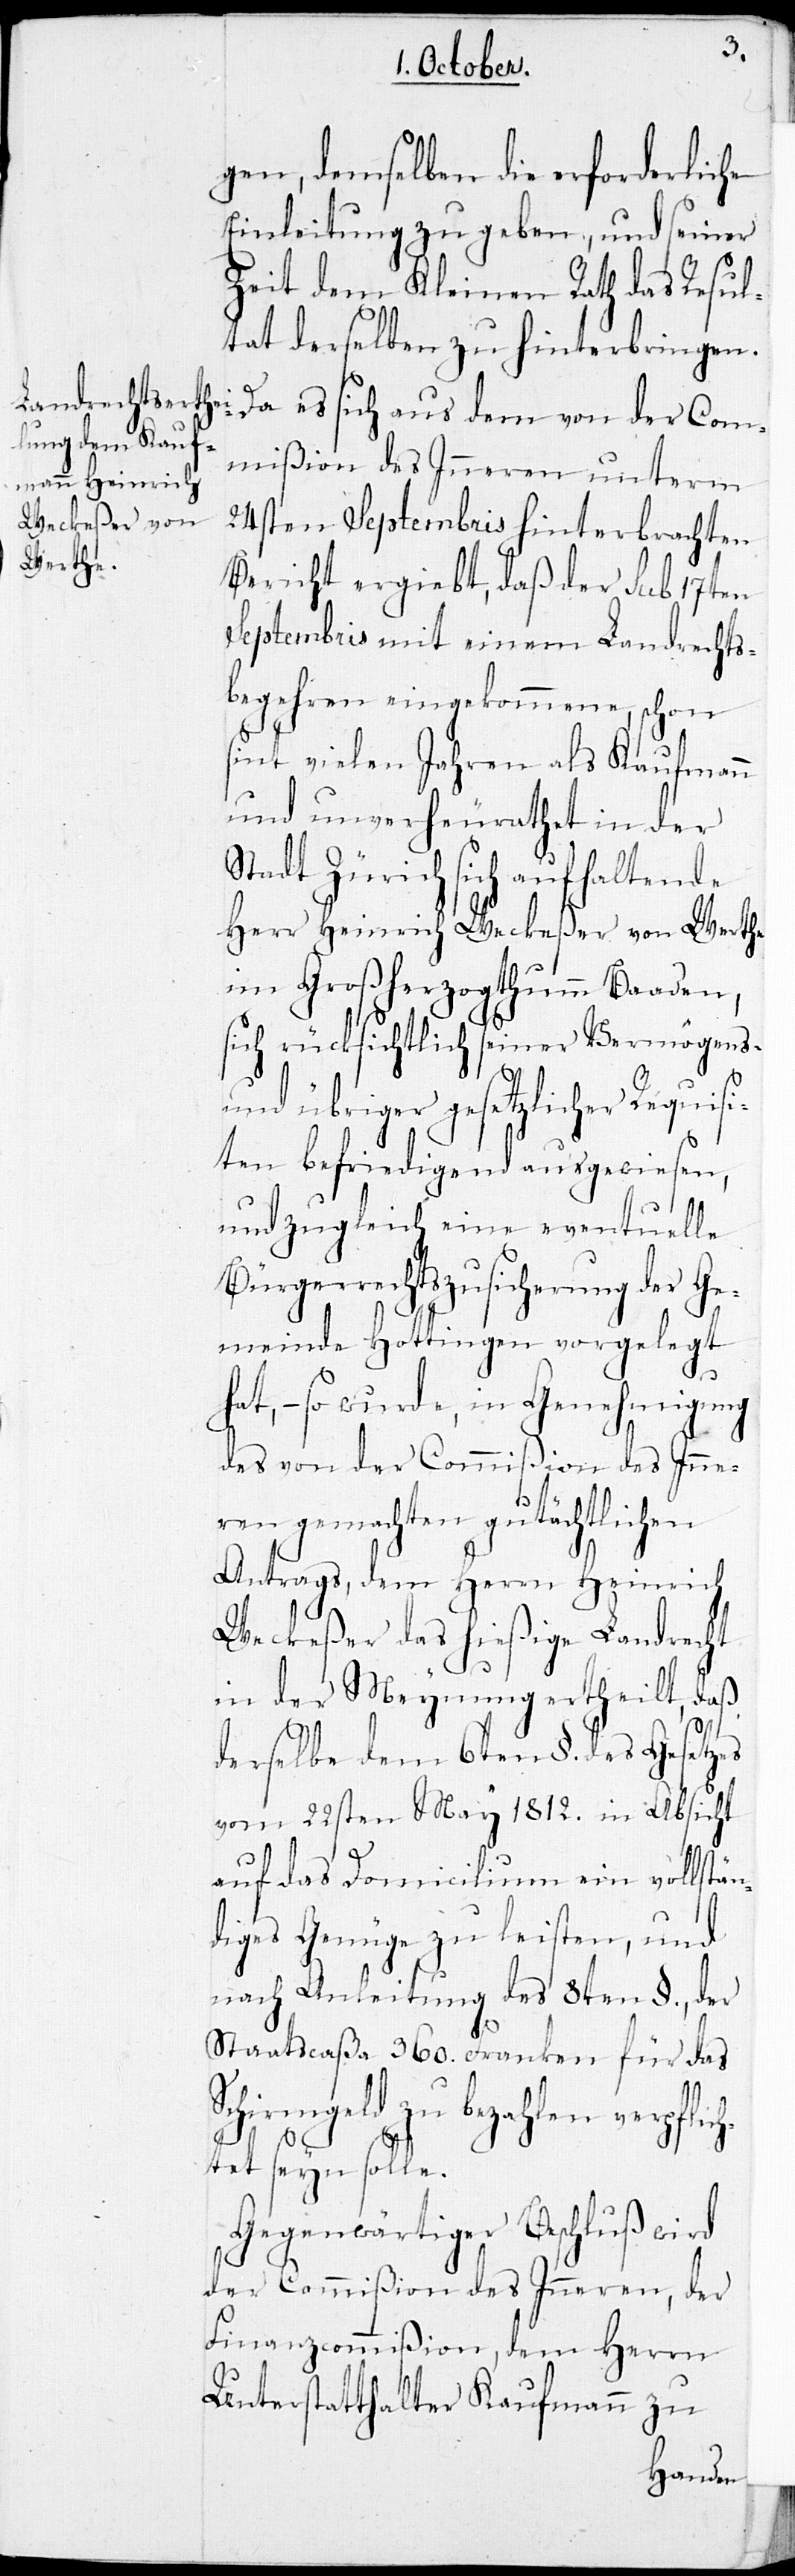
S¬
gen, demselben die erforderliche
Einleitung zu geben, und seiner
Zeit dem Kleinen Rath das Resul¬
tat derselben zu hinterbringen.
Da es sich aus dem von der Com¬
mißion des Inneren unterm
24sten Septembris hinterbrachten
Bericht ergiebt, daß der sub 17ten
Septembris mit einem Landrechts¬
begehren eingekommene, schon
seit vielen Jahren als Kaufmann
und unverheurathet in der
tadt Zürich sich aufhaltende
Herr Heinrich Weckeßer von Werthe
im Großherzogthum Baaden,
sich rücksichtlich seiner Vermögens-
und übriger gesetzlicher Requisi¬
ten befriedigend ausgewiesen,
und zugleich eine eventuelle
Bürgerrechtszusicherung der Ge¬
meinde Hottingen vorgelegt
hat, – so wurde, in Genehmigung
des von der Commißion des Inne¬
ren gemachten gutächtlichen
Antrags, dem Herrn Heinrich
Weckeßer das hießige Landrecht
in der Meynung ertheilt, daß
derselbe dem 6ten §. des Gesetzes
vom 22sten May 1812. in Absicht
auf das Domicilium ein vollstän¬
diges Genüge zu leisten, und
nach Anleitung des 8ten §., der
Staatscaßa 360. Franken für das
bezahlen verpflic¬
htet seyn solle.
Gegenwärtiger Beschluß wird
der Commißion des Inneren, der
Finanzcommißion, dem Herrn
Unterstatthalter Kaufmann zu